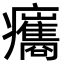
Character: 𤼒